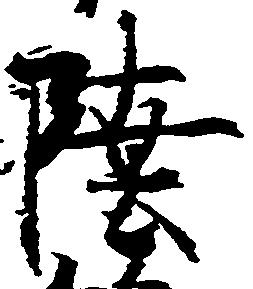
陸